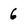
Character: 6